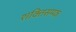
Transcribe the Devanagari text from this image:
शक्तिसम्पन्न